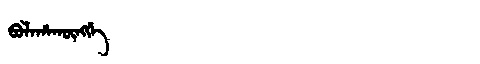
Manchu: ᠪᠣᠯᠠᡥᠠᡴᡡᠩᡤᡝ
Romanization: BOLAHAKŪNGGE